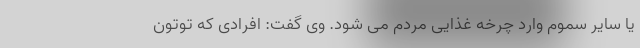
یا سایر سموم وارد چرخه غذایی مردم می شود. وی گفت: افرادی که توتون